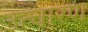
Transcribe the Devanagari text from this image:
उत्चारण